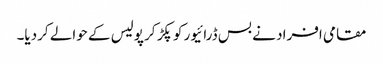
مقامی افراد نے بس ڈرائیور کو پکڑ کر پولیس کے حوالے کردیا۔